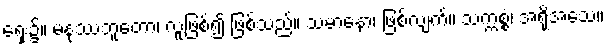
ရှေး၌။ မနုဿဘူတော၊ လူဖြစ်၍ ဖြစ်သည်။ သမာနော၊ ဖြစ်လျက်။ သက္ကစ္စံ၊ အရိုအသေ။